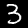
Label: 3